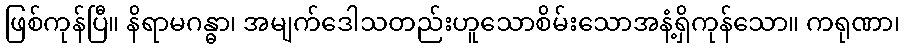
ဖြစ်ကုန်ပြီ။ နိရာမဂန္ဓာ၊ အမျက်ဒေါသတည်းဟူသောစိမ်းသောအနံ့ရှိကုန်သော။ ကရုဏာ၊